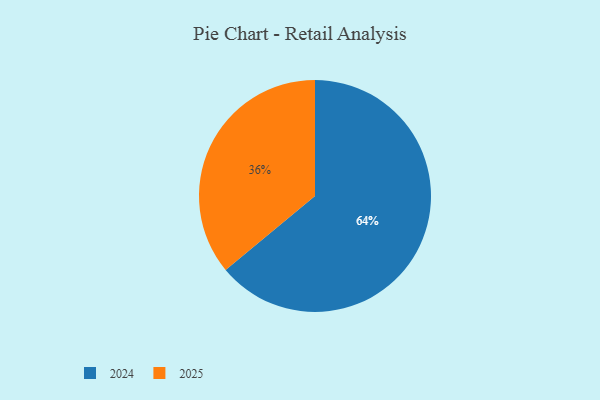
{"axis": {"x": "Category", "y": "Percentage"}, "legend": ["2024", "2025"], "data": [{"x": "2024", "y": 64, "type": "2024"}, {"x": "2025", "y": 36, "type": "2025"}]}